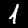
Digit: 1